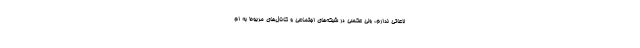
لاعاتی ندارم، ولی عکسی در شبکه‌های اجتماعی و کانال‌های مربوط به ام